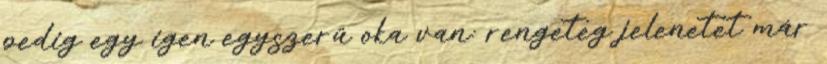
pedig egy igen egyszerű oka van: rengeteg jelenetet már